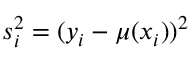
s _ { i } ^ { 2 } = ( y _ { i } - \mu ( x _ { i } ) ) ^ { 2 }